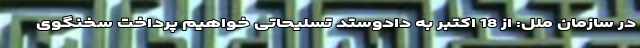
در سازمان ملل: از 18 اکتبر به دادوستد تسلیحاتی خواهیم پرداخت سخنگوی